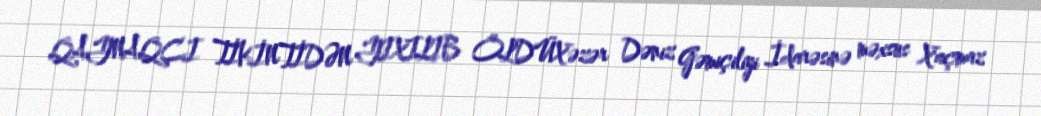
QAYNAQÇI TİKİNTİDƏN YIXILIB ÖLDÜXəzər Dəniz Gəmiçiliyi İdarəsinə məxsus Xaçmaz